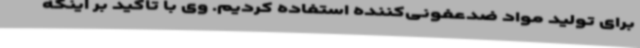
برای تولید مواد ضدعفونی‌کننده استفاده کردیم. وی با تاکید بر اینکه